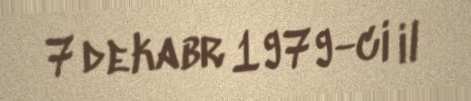
7 dekabr 1979-ci il